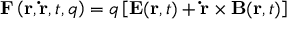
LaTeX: \mathbf { F } \left( \mathbf { r } , \mathbf { \dot { r } } , t , q \right) = q \left[ \mathbf { E } ( \mathbf { r } , t ) + \mathbf { \dot { r } } \times \mathbf { B } ( \mathbf { r } , t ) \right]